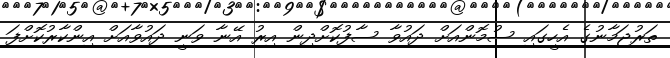
ތަރުޖަމާނުގެ އެހީގައި ސުމޮންއަށް ދައުވާ ސާފުކޮށްދިން އިރު އޭނާ ވަނީ ދައުވާއަށް އިންކާރުކޮށްފަ